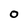
Character: O